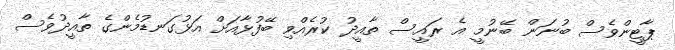
ޕާޓީންވެސް ބުނަން ބޭނުމީ އެ ރައީސް ތާއީދު ކުރެއްވި ބޭފުޅާއަށް އަޅުގަނޑުމެންގެ ތާއީދުވެސް